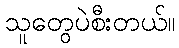
သူတွေပဲစီးတယ်။